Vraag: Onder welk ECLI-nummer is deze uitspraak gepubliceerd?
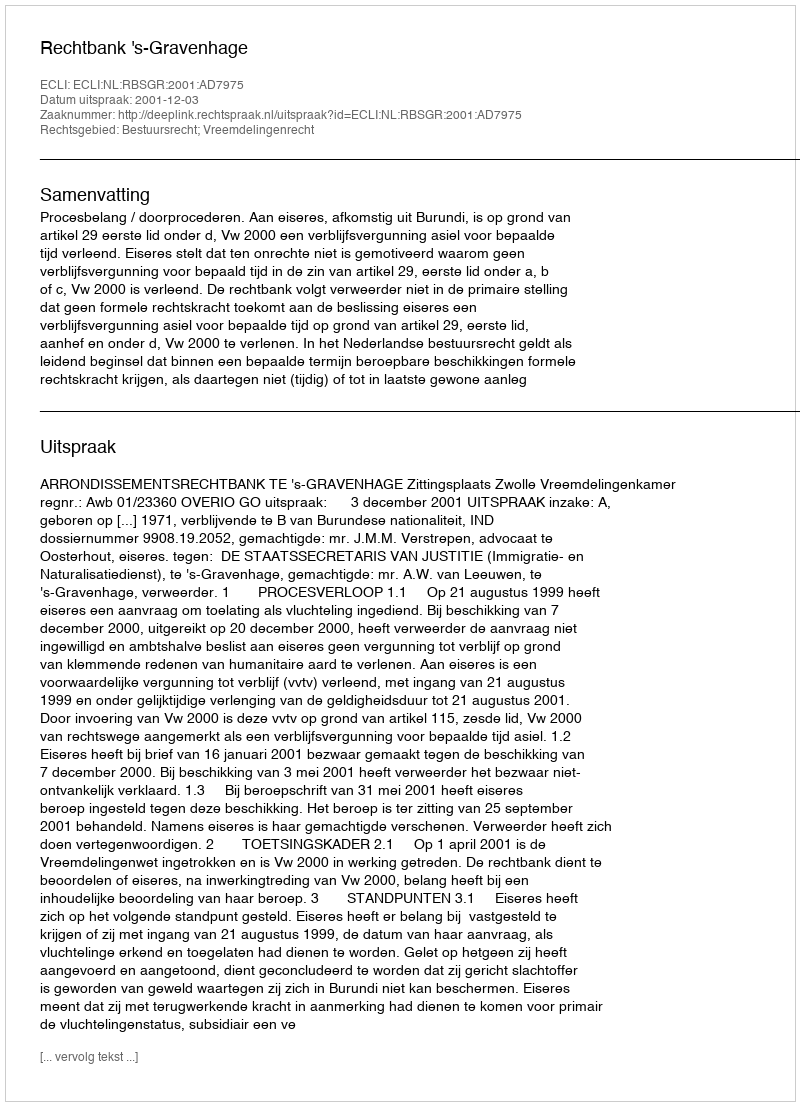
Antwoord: ECLI:NL:RBSGR:2001:AD7975